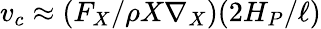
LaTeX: v_{c}\approx(F_{X}/\rho X\nabla_{X})(2H_{P}/\ell)